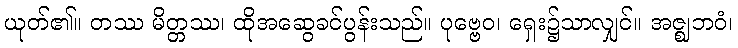
ယုတ်၏။ တဿ မိတ္တဿ၊ ထိုအဆွေခင်ပွန်းသည်။ ပုဗ္ဗေဝ၊ ရှေး၌သာလျှင်။ အဇ္ဈဘဝံ၊